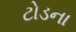
ટોડના